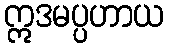
ဣဒမပ္ပဟာယ